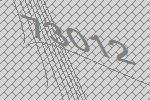
73012